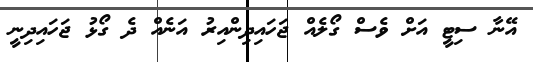
އޭނާ ސިޓީ އަށް ވެސް ގޯލެއް ޖަހައިދިންއިރު އަނެއް ދެ ގޯޅު ޖަހައިދިނީ